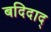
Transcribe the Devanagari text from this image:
बदिदाद्